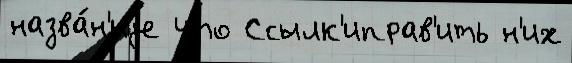
назва́н'иjе что Ссылк'иправ'ить н'их